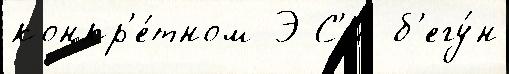
конкр'е́тном Э С'и б'егу́н